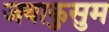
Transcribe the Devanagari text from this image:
जवाकुसुम